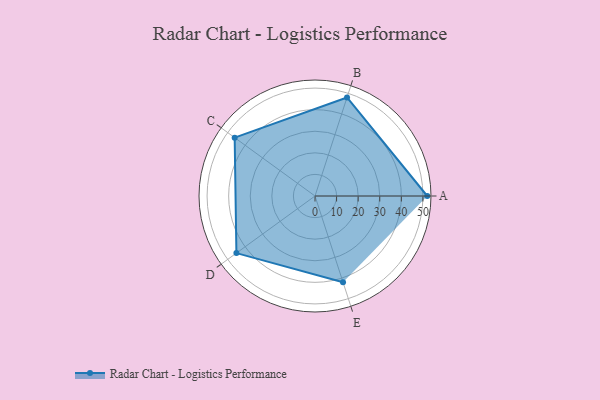
{"axis": {"x": "Skill", "y": "Score"}, "legend": ["Profile"], "data": [{"x": "A", "y": 52.0, "type": "Profile"}, {"x": "B", "y": 48.0, "type": "Profile"}, {"x": "C", "y": 46.0, "type": "Profile"}, {"x": "D", "y": 45.0, "type": "Profile"}, {"x": "E", "y": 42.0, "type": "Profile"}]}